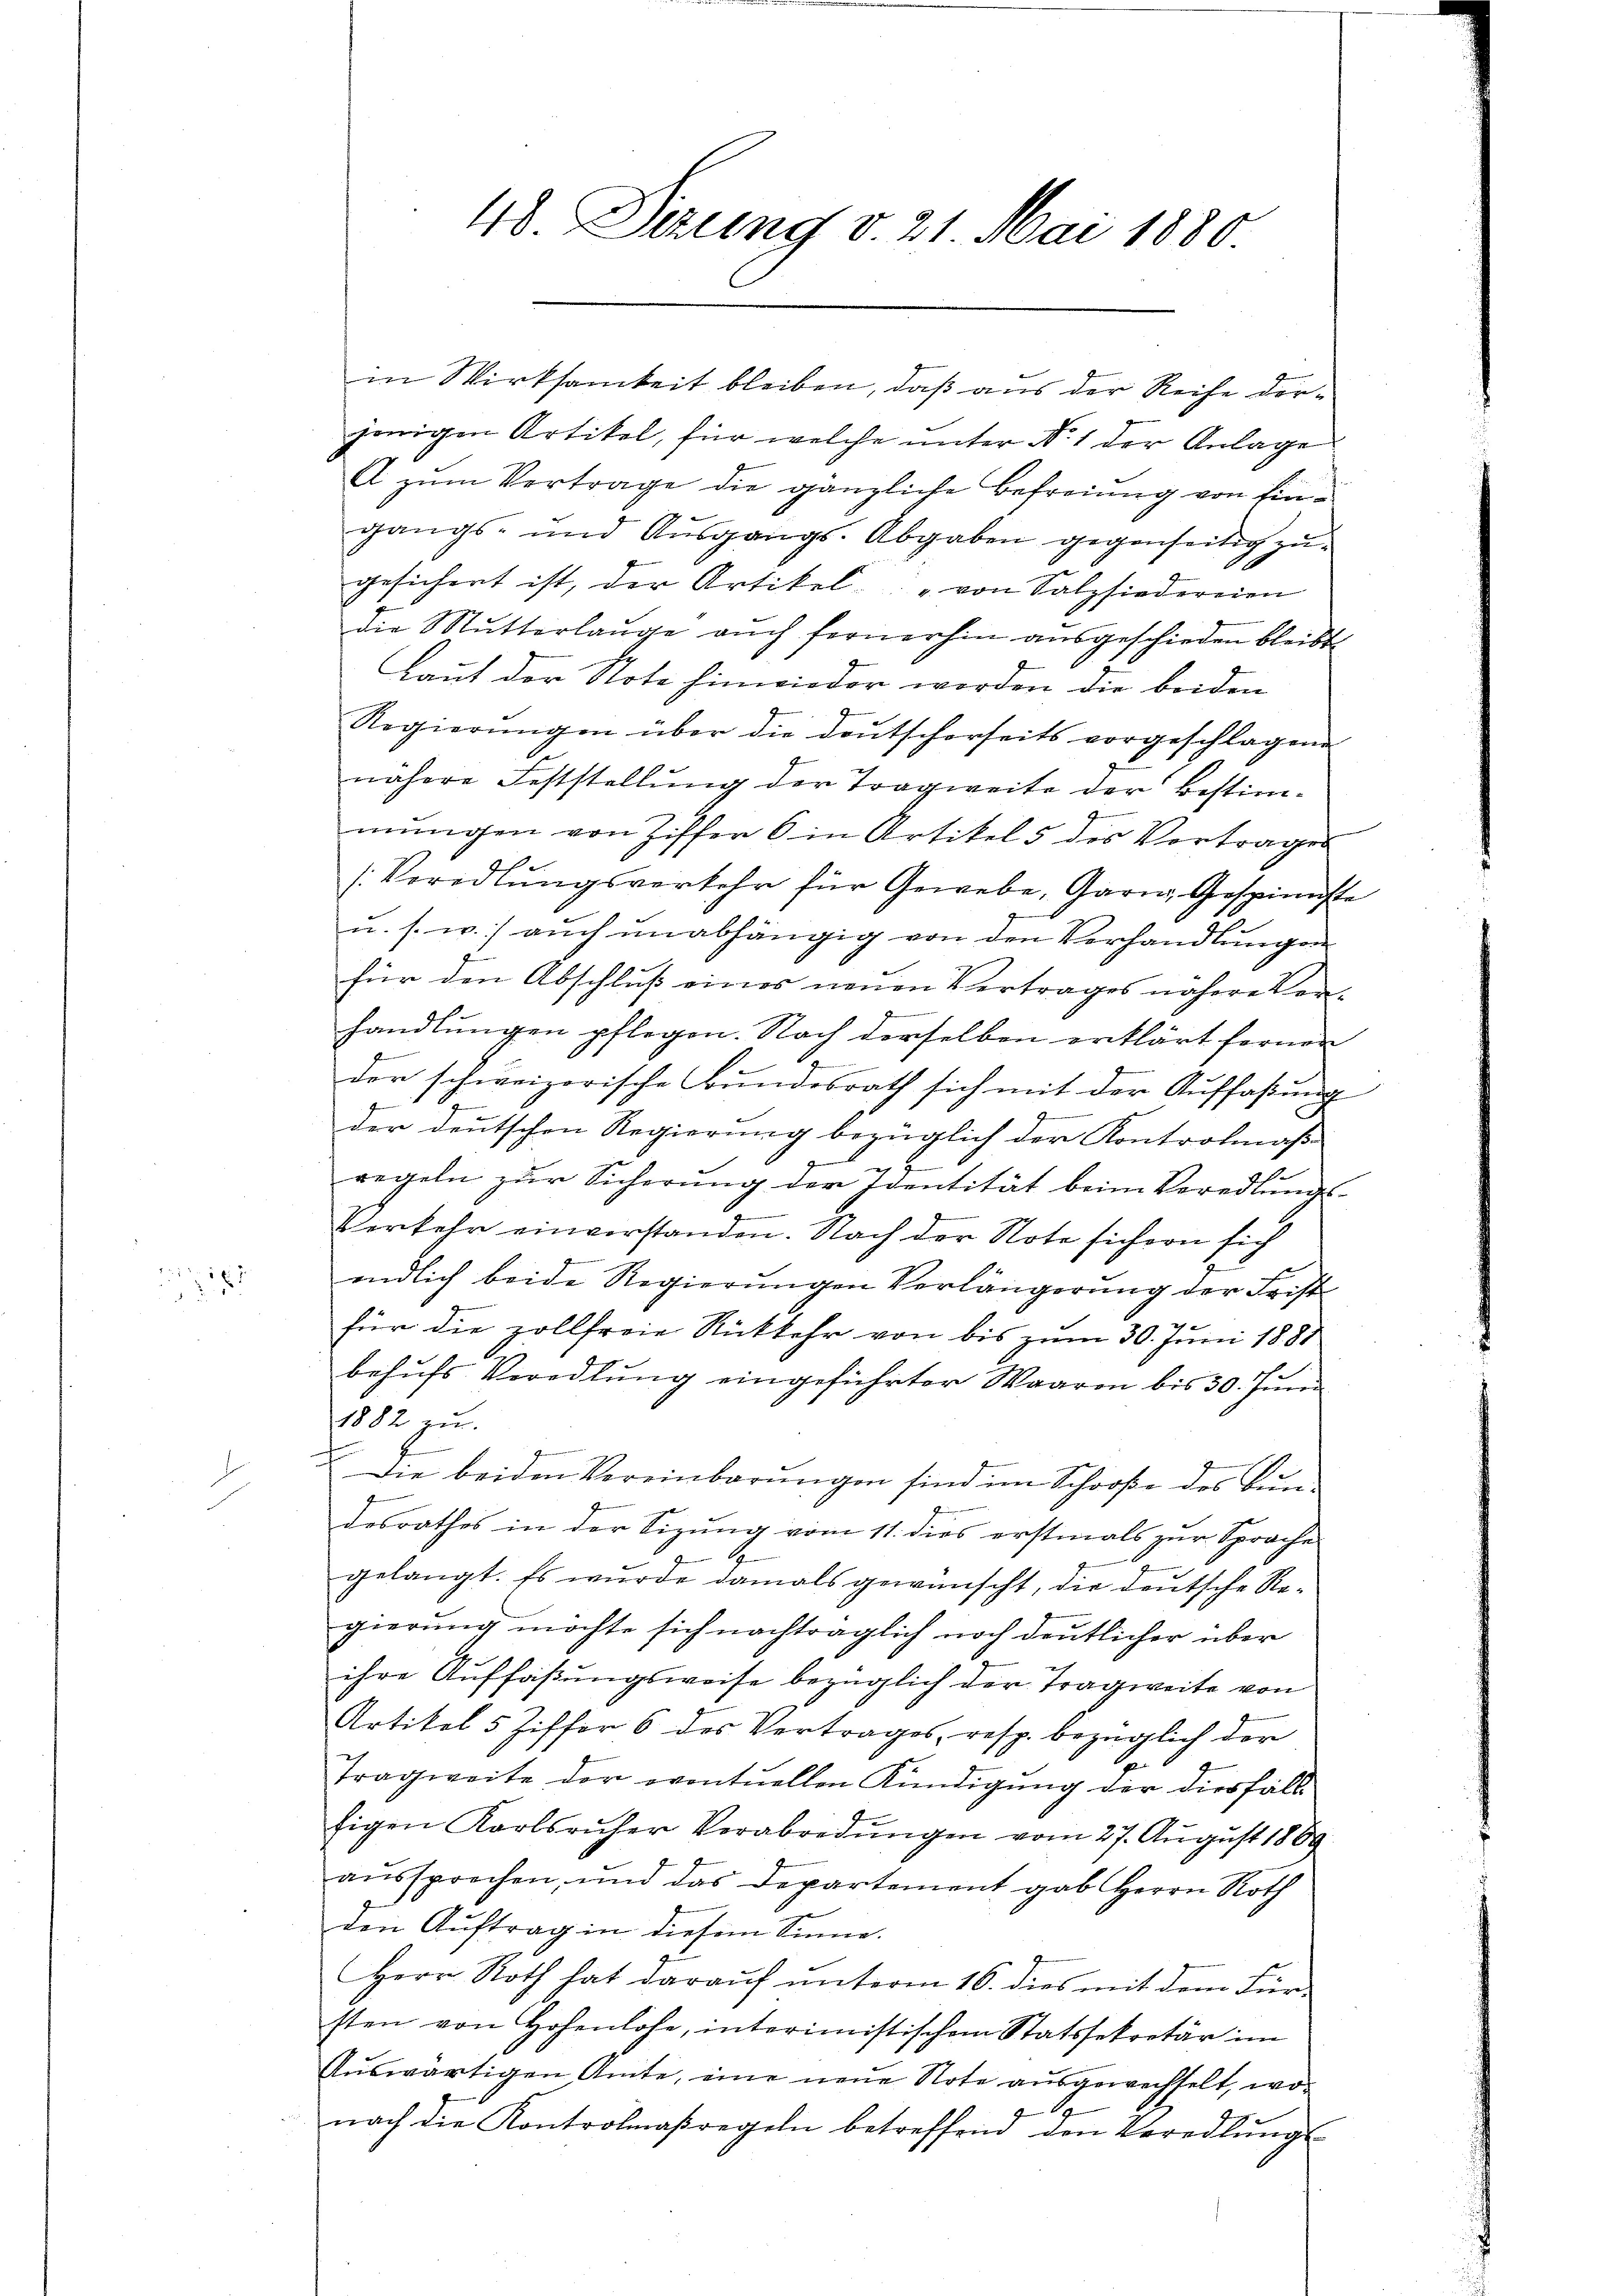
5

¬

48 Sizung v. 21. Mai 1880

in Wirksamkeit bleiben, daß aus der Reihe derjenigen Artikel, für welche unter Nr. 1 der Anlage
A zum Vertrage die gänzliche Befreiung von Eingangs- und Ausgangs-Abgaben gegenseitig zu
gesichent ist, der Artikel „von Salzsiedereien
die Mutterlange aŭch fernerhin aŭsgeschieden bleibt
Laut der Note hinwieder worden die beiden
Regierŭngen über die Deutscherseits vorgeschlagen
nähere Feststellŭng der Tragweite der Bestim-
mŭngen von Ziffer 6 in Artikel 5 des Vertrages
/Voredlŭngsverkehr für Gewebe, Garn, Gespinnste
u. s. w.) auch unabhängig von den Verhandlungen
für den Abschluß eines neuen Vertrages nähere Verhandlungen pflegen. Nach derselben erklärt fernen
der schweizerische Bundesrath sich mit der Auffaßung
der deutschen Regierung bezüglich der Kontrolmaß
regeln zŭr Sicherŭng der Identität beim Veredlŭngs-
e
Verkehr einverstanden. Nach der Note sichern sich
endlich beide Regierungen Verlängerung der Frist
für die zollfreie Rückkehr von bis zum 30. Juni 1881
behufs Veredlung eingeführter Waaren bis 30. Juni
1882 zu.
Die beiden Vereinbarungen sind im Schooße des Bundesrathes in der Sizung vom 11. dies erstmals zur Sprache
G.
gelangt. Es wurde damals gewünscht, die deutsche Regierung möchte sich nachträglich noch deutlicher über
ihre Auffaßungsweise bezüglich der Tragweite von
Artikel 5 Ziffer 6 des Vertrages, resp. bezüglich der
g
Tragweite der eventuellen Kündigung der diesfäll
figen Karlsruher Verabredungen vom 27. August 1889
aussprechen, und das Departement gab Herrn Roth
den Auftrag in diesem Sinne.
Herr Roth hat darauf unterm 16. dies mit dem Fürsten von Hohenlose, interimistischem Statssekretär im
Auswärtigen Amte, eine neue Note ausgewechselt, wonach die Kontrolmaßregeln betreffend den Veredlungs-